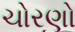
ચોરણો